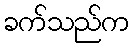
ခက်သည်က